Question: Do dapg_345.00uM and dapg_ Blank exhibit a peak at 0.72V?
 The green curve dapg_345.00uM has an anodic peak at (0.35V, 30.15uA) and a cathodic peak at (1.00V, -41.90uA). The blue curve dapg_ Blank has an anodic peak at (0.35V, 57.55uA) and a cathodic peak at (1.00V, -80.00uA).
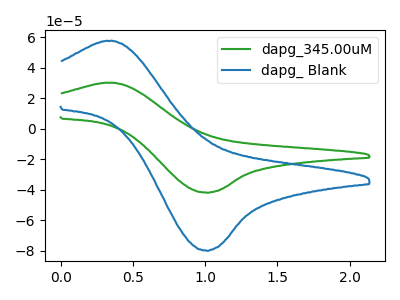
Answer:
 <answer>No, "dapg_345.00uM" and "dapg_ Blank" dont share a peak at 0.72V.</answer>
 <eval>mismatch</eval>